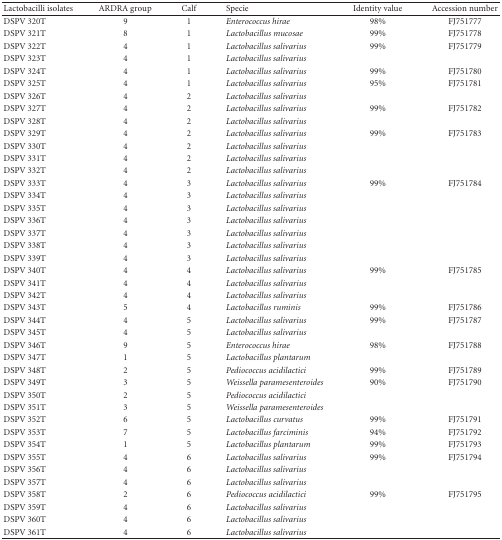
<table><thead><tr><td><b>Lactobacilli isolates</b></td><td><b>ARDRA group</b></td><td><b>Calf</b></td><td><b>Specie</b></td><td><b>Identity value</b></td><td><b>Accession number</b></td></tr></thead><tbody><tr><td>DSPV 320T</td><td>9</td><td>1</td><td><i>Enterococcus hirae</i></td><td>98%</td><td>FJ751777</td></tr><tr><td>DSPV 321T</td><td>8</td><td>1</td><td><i>Lactobacillus mucosae</i></td><td>99%</td><td>FJ751778</td></tr><tr><td>DSPV 322T</td><td>4</td><td>1</td><td><i>Lactobacillus salivarius</i></td><td>99%</td><td>FJ751779</td></tr><tr><td>DSPV 323T</td><td>4</td><td>1</td><td><i>Lactobacillus salivarius</i></td><td>[EMPTY_CELL]</td><td>[EMPTY_CELL]</td></tr><tr><td>DSPV 324T</td><td>4</td><td>1</td><td><i>Lactobacillus salivarius</i></td><td>99%</td><td>FJ751780</td></tr><tr><td>DSPV 325T</td><td>4</td><td>1</td><td><i>Lactobacillus salivarius</i></td><td>95%</td><td>FJ751781</td></tr><tr><td>DSPV 326T</td><td>4</td><td>2</td><td><i>Lactobacillus salivarius</i></td><td>[EMPTY_CELL]</td><td>[EMPTY_CELL]</td></tr><tr><td>DSPV 327T</td><td>4</td><td>2</td><td><i>Lactobacillus salivarius</i></td><td>99%</td><td>FJ751782</td></tr><tr><td>DSPV 328T</td><td>4</td><td>2</td><td><i>Lactobacillus salivarius</i></td><td>[EMPTY_CELL]</td><td>[EMPTY_CELL]</td></tr><tr><td>DSPV 329T</td><td>4</td><td>2</td><td><i>Lactobacillus salivarius</i></td><td>99%</td><td>FJ751783</td></tr><tr><td>DSPV 330T</td><td>4</td><td>2</td><td><i>Lactobacillus salivarius</i></td><td>[EMPTY_CELL]</td><td>[EMPTY_CELL]</td></tr><tr><td>DSPV 331T</td><td>4</td><td>2</td><td><i>Lactobacillus salivarius</i></td><td>[EMPTY_CELL]</td><td>[EMPTY_CELL]</td></tr><tr><td>DSPV 332T</td><td>4</td><td>2</td><td><i>Lactobacillus salivarius</i></td><td>[EMPTY_CELL]</td><td>[EMPTY_CELL]</td></tr><tr><td>DSPV 333T</td><td>4</td><td>3</td><td><i>Lactobacillus salivarius</i></td><td>99%</td><td>FJ751784</td></tr><tr><td>DSPV 334T</td><td>4</td><td>3</td><td><i>Lactobacillus salivarius</i></td><td>[EMPTY_CELL]</td><td>[EMPTY_CELL]</td></tr><tr><td>DSPV 335T</td><td>4</td><td>3</td><td><i>Lactobacillus salivarius</i></td><td>[EMPTY_CELL]</td><td>[EMPTY_CELL]</td></tr><tr><td>DSPV 336T</td><td>4</td><td>3</td><td><i>Lactobacillus salivarius</i></td><td>[EMPTY_CELL]</td><td>[EMPTY_CELL]</td></tr><tr><td>DSPV 337T</td><td>4</td><td>3</td><td><i>Lactobacillus salivarius</i></td><td>[EMPTY_CELL]</td><td>[EMPTY_CELL]</td></tr><tr><td>DSPV 338T</td><td>4</td><td>3</td><td><i>Lactobacillus salivarius</i></td><td>[EMPTY_CELL]</td><td>[EMPTY_CELL]</td></tr><tr><td>DSPV 339T</td><td>4</td><td>3</td><td><i>Lactobacillus salivarius</i></td><td>[EMPTY_CELL]</td><td>[EMPTY_CELL]</td></tr><tr><td>DSPV 340T</td><td>4</td><td>4</td><td><i>Lactobacillus salivarius</i></td><td>99%</td><td>FJ751785</td></tr><tr><td>DSPV 341T</td><td>4</td><td>4</td><td><i>Lactobacillus salivarius</i></td><td>[EMPTY_CELL]</td><td>[EMPTY_CELL]</td></tr><tr><td>DSPV 342T</td><td>4</td><td>4</td><td><i>Lactobacillus salivarius</i></td><td>[EMPTY_CELL]</td><td>[EMPTY_CELL]</td></tr><tr><td>DSPV 343T</td><td>5</td><td>4</td><td><i>Lactobacillus ruminis</i></td><td>99%</td><td>FJ751786</td></tr><tr><td>DSPV 344T</td><td>4</td><td>5</td><td><i>Lactobacillus salivarius</i></td><td>99%</td><td>FJ751787</td></tr><tr><td>DSPV 345T</td><td>4</td><td>5</td><td><i>Lactobacillus salivarius</i></td><td>[EMPTY_CELL]</td><td>[EMPTY_CELL]</td></tr><tr><td>DSPV 346T</td><td>9</td><td>5</td><td><i>Enterococcus hirae</i></td><td>98%</td><td>FJ751788</td></tr><tr><td>DSPV 347T</td><td>1</td><td>5</td><td><i>Lactobacillus plantarum</i></td><td>[EMPTY_CELL]</td><td>[EMPTY_CELL]</td></tr><tr><td>DSPV 348T</td><td>2</td><td>5</td><td><i>Pediococcus acidilactici</i></td><td>99%</td><td>FJ751789</td></tr><tr><td>DSPV 349T</td><td>3</td><td>5</td><td><i>Weissella paramesenteroides</i></td><td>90%</td><td>FJ751790</td></tr><tr><td>DSPV 350T</td><td>2</td><td>5</td><td><i>Pediococcus acidilactici</i></td><td>[EMPTY_CELL]</td><td>[EMPTY_CELL]</td></tr><tr><td>DSPV 351T</td><td>3</td><td>5</td><td><i>Weissella paramesenteroides</i></td><td>[EMPTY_CELL]</td><td>[EMPTY_CELL]</td></tr><tr><td>DSPV 352T</td><td>6</td><td>5</td><td><i>Lactobacillus curvatus</i></td><td>99%</td><td>FJ751791</td></tr><tr><td>DSPV 353T</td><td>7</td><td>5</td><td><i>Lactobacillus farciminis</i></td><td>94%</td><td>FJ751792</td></tr><tr><td>DSPV 354T</td><td>1</td><td>5</td><td><i>Lactobacillus plantarum</i></td><td>99%</td><td>FJ751793</td></tr><tr><td>DSPV 355T</td><td>4</td><td>6</td><td><i>Lactobacillus salivarius</i></td><td>99%</td><td>FJ751794</td></tr><tr><td>DSPV 356T</td><td>4</td><td>6</td><td><i>Lactobacillus salivarius</i></td><td>[EMPTY_CELL]</td><td>[EMPTY_CELL]</td></tr><tr><td>DSPV 357T</td><td>4</td><td>6</td><td><i>Lactobacillus salivarius</i></td><td>[EMPTY_CELL]</td><td>[EMPTY_CELL]</td></tr><tr><td>DSPV 358T</td><td>2</td><td>6</td><td><i>Pediococcus acidilactici</i></td><td>99%</td><td>FJ751795</td></tr><tr><td>DSPV 359T</td><td>4</td><td>6</td><td><i>Lactobacillus salivarius</i></td><td>[EMPTY_CELL]</td><td>[EMPTY_CELL]</td></tr><tr><td>DSPV 360T</td><td>4</td><td>6</td><td><i>Lactobacillus salivarius</i></td><td>[EMPTY_CELL]</td><td>[EMPTY_CELL]</td></tr><tr><td>DSPV 361T</td><td>4</td><td>6</td><td><i>Lactobacillus salivarius</i></td><td>[EMPTY_CELL]</td><td>[EMPTY_CELL]</td></tr></tbody></table>